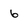
Character: 6